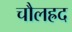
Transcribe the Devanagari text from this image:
चौलह्रद